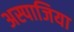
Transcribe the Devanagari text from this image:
अस्पाजिया